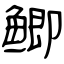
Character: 鲫